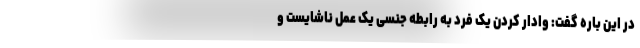
در این باره گفت: وادار کردن یک فرد به رابطه جنسی یک عمل ناشایست و